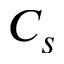
C _ { s }